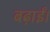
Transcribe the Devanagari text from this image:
बढ़ाईं।